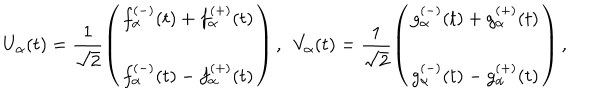
LaTeX: U _ { \alpha } ( t ) = \frac { 1 } { \sqrt { 2 } } \left( \begin{matrix} { { f _ { \alpha } ^ { ( - ) } ( t ) + f _ { \alpha } ^ { ( + ) } ( t ) } } \\ { { f _ { \alpha } ^ { ( - ) } ( t ) - f _ { \alpha } ^ { ( + ) } ( t ) } } \\ \end{matrix} \right) , ~ ~ V _ { \alpha } ( t ) = \frac { 1 } { \sqrt { 2 } } \left( \begin{matrix} { { g _ { \alpha } ^ { ( - ) } ( t ) + g _ { \alpha } ^ { ( + ) } ( t ) } } \\ { { g _ { \alpha } ^ { ( - ) } ( t ) - g _ { \alpha } ^ { ( + ) } ( t ) } } \\ \end{matrix} \right) ,